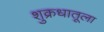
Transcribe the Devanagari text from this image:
शुक्रधातूला